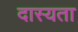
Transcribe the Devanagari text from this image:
दास्यता